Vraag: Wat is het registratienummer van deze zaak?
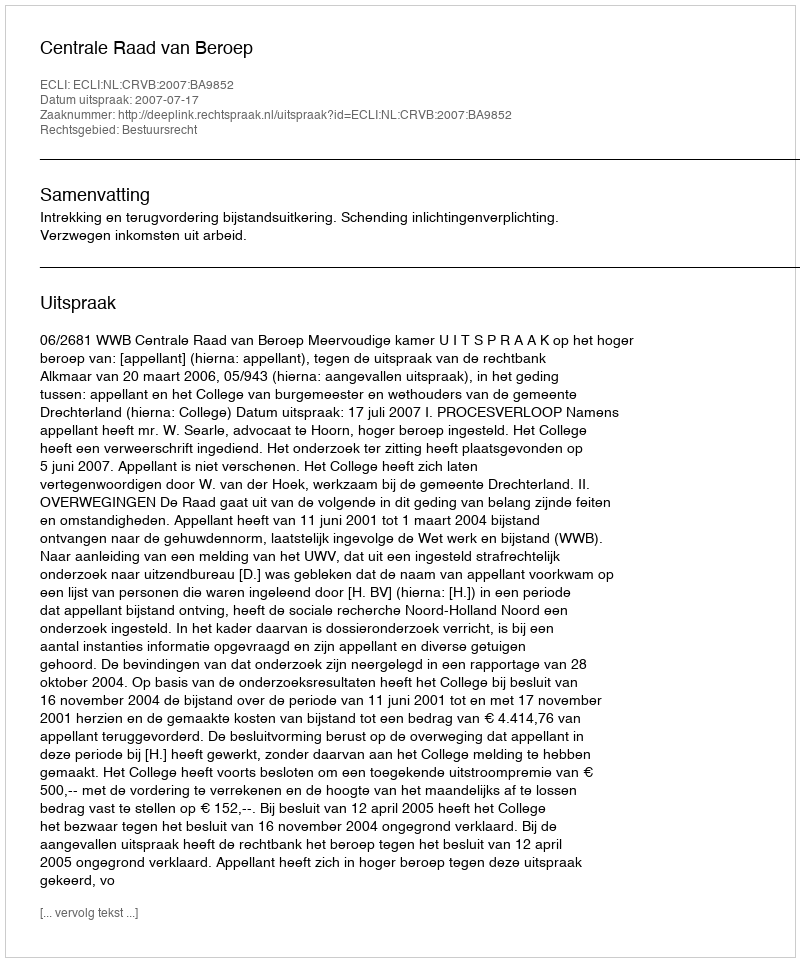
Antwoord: http://deeplink.rechtspraak.nl/uitspraak?id=ECLI:NL:CRVB:2007:BA9852